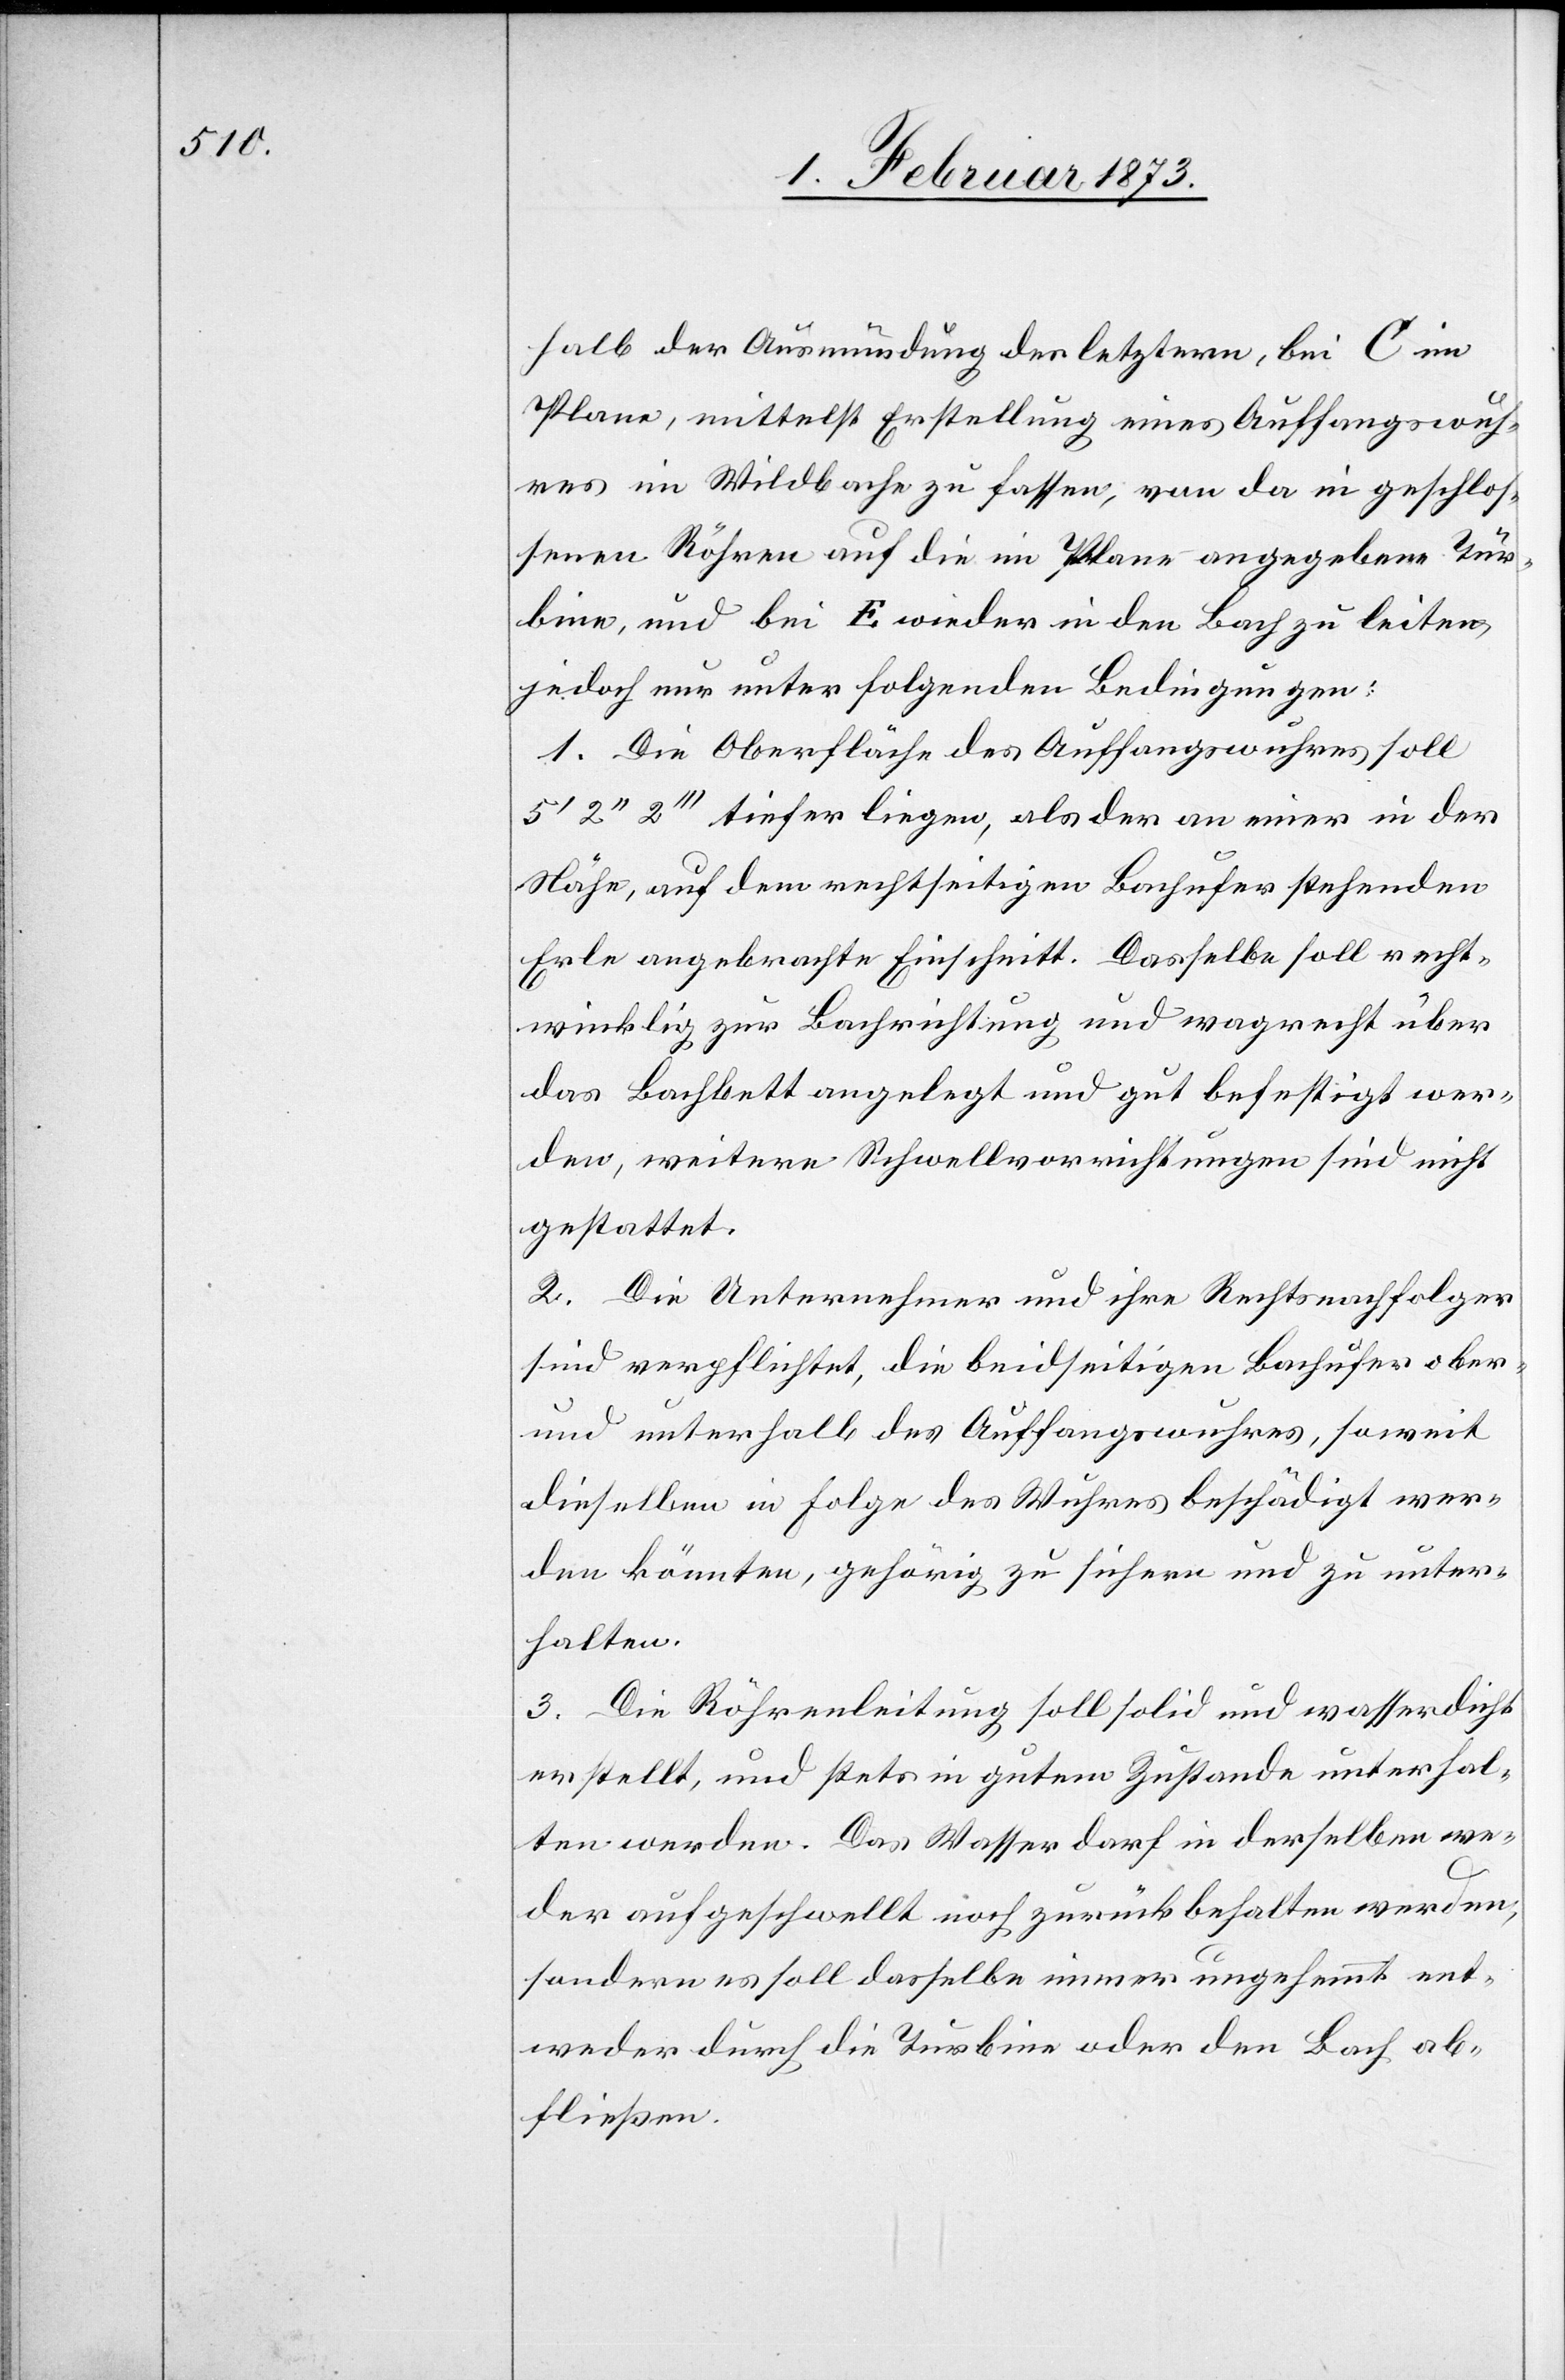
halb der Ausmündung der letztern, bei C im
Plane, mittelst Erstellung eines Auffangswuh¬
res im Wildbache zu fassen, von da in geschlos¬
senen Röhren auf die im Plane angegebene Tur¬
bine, und bei E wieder in den Bach zu leiten,
jedoch nur unter folgenden Bedingungen:
1. Die Oberfläche des Auffangswuhres soll
5’ 2’’ 2’’’ tiefer liegen, als der an einer in der
Nähe, auf dem rechtseitigen Bachufer stehenden
Erle angebrachte Einschnitt. Dasselbe soll recht¬
winklig zur Bachrichtung und wagrecht über
das Bachbett angelegt und gut befestigt wer¬
den, weitere Schwellvorrichtungen sind nicht
gestattet.
2. Die Unternehmer und ihre Rechtsnachfolger
sind verpflichtet, die beidseitigen Bachufer ober-
und unterhalb des Auffangswuhres, soweit
dieselben in Folge des Wuhres beschädigt wer¬
den könnten, gehörig zu sichern und zu unter¬
halten.
3. Die Röhrenleitung soll solid und wasserdicht
erstellt, und stets in gutem Zustande unterhal¬
ten werden. Das Wasser darf in derselben we¬
der aufgeschwellt noch zurückbehalten werden,
sondern es soll dasselbe immer ungehemmt ent¬
weder durch die Turbine oder den Bach ab¬
fließen.